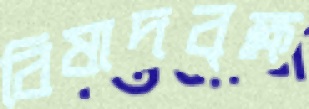
বিষাদবৃক্ষ